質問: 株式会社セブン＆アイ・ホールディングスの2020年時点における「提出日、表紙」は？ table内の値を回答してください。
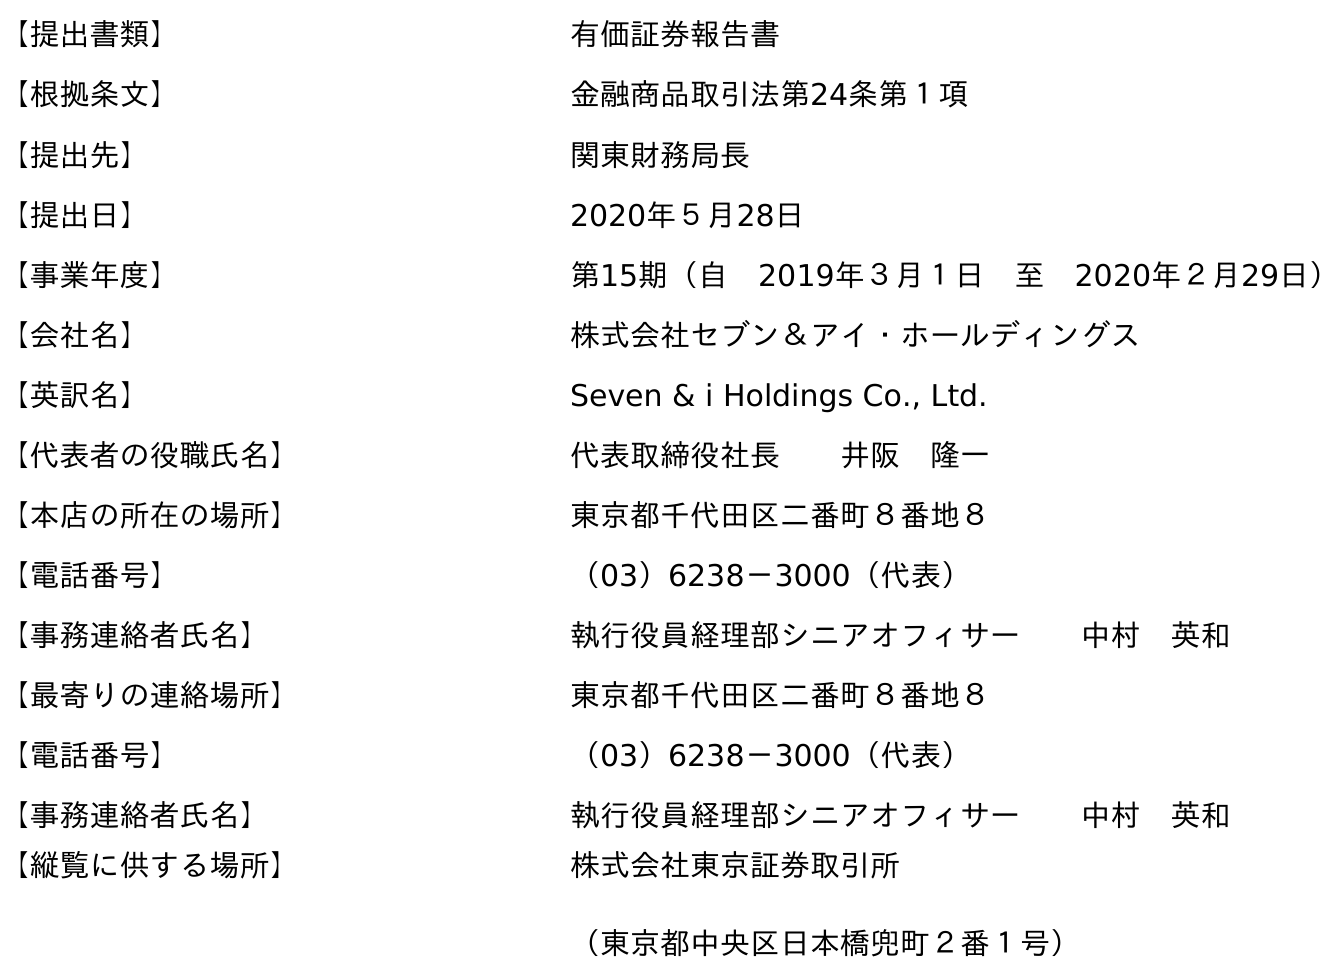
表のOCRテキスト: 【提出書類】 有価証券報告書 【根拠条文】 金融商品取引法第24条第１項 【提出先】 関東財務局長 【提出日】 2020年５月28日 【事業年度】 第15期（自 2019年３月１日 至 2020年２月29日） 【会社名】 株式会社セブン＆アイ・ホールディングス 【英訳名】 Seven & i Holdings Co., Ltd. 【代表者の役職氏名】 代表取締役社長  井阪 隆一 【本店の所在の場所】 東京都千代田区二番町８番地８ 【電話番号】 （03）6238－3000（代表） 【事務連絡者氏名】 執行役員経理部シニアオフィサー  中村 英和 【最寄りの連絡場所】 東京都千代田区二番町８番地８ 【電話番号】 （03）6238－3000（代表） 【事務連絡者氏名】 執行役員経理部シニアオフィサー  中村 英和 【縦覧に供する場所】 株式会社東京証券取引所 （東京都中央区日本橋兜町２番１号）
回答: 2020年５月28日